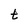
Character: t